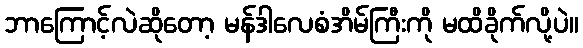
ဘာကြောင့်လဲဆိုတော့ မန်ဒါလေစံအိမ်ကြီးကို မထိခိုက်လို့ပဲ။